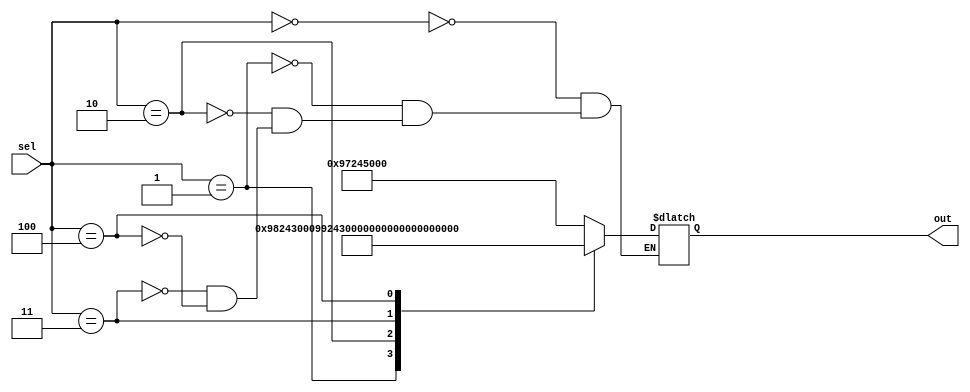
module rom6
    #(parameter SIZE=32)
    (
    input [2:0] sel,
    output reg [SIZE-1:0] out
    );
    
    always @(sel) begin
    case (sel)
        0: out = 32'h97245000;
        1: out = 32'h98243000;
        2: out = 32'h99243000;
        3: out = 32'h00243000;
        4: out = 32'h01243000;
    endcase
    end
endmodule